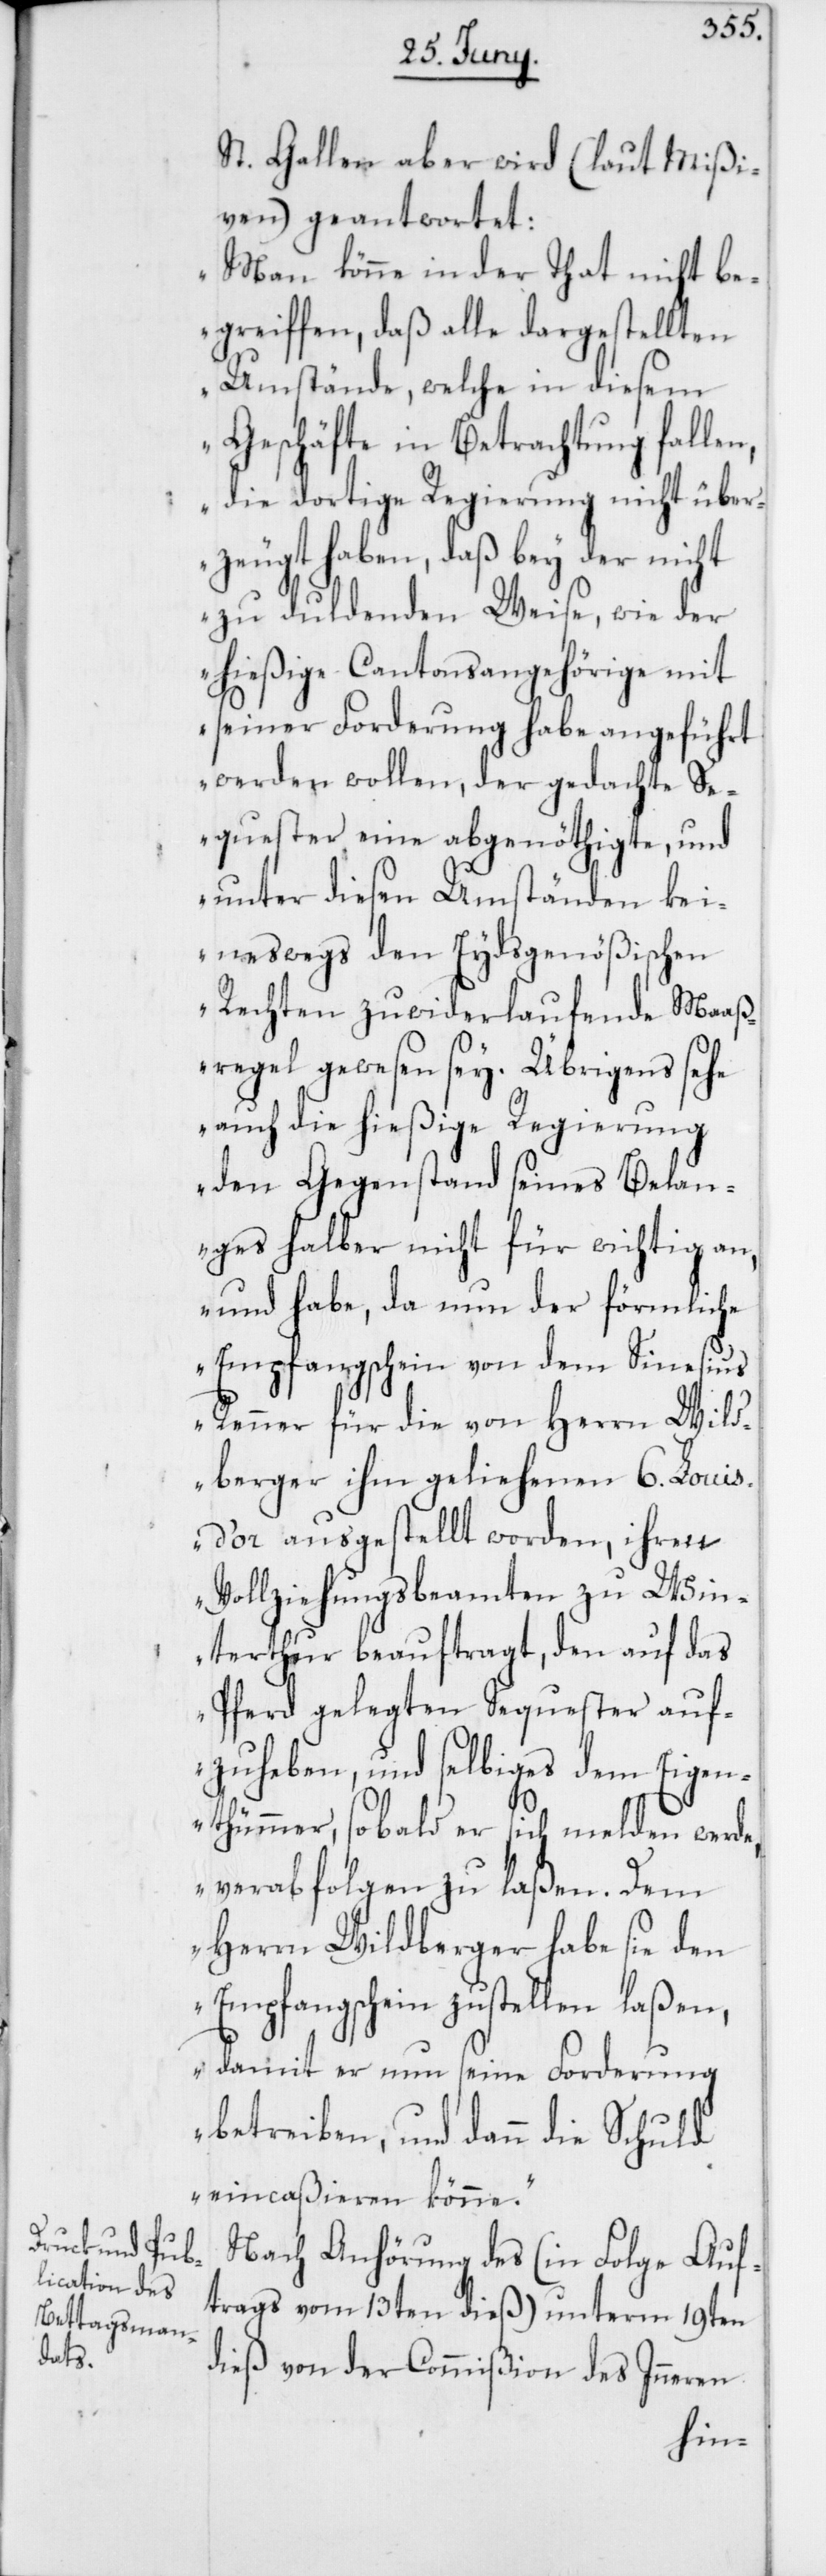
St. Gallen aber wird (laut Mißi¬
ven) geantwortet:
„Man könne in der That nicht be¬
greiffen, daß alle dargestellten
Umstände, welche in diesem
Geschäfte in Betrachtung fallen,
die dortige Regierung nicht über¬
zeugt haben, daß bey der nicht
zu duldenden Weise, wie der
hießige Cantonsangehörige mit
seiner Forderung habe angeführt
werden wollen, der gedachte Se¬
quester eine abgenöthigte und
unter diesen Umständen kei¬
neswegs den Eydsgenößischen
Rechten zuwiderlaufende Maaß¬
regel gewesen sey. Übrigens sehe
auch die hießige Regierung
den Gegenstand seines Belan¬
ges halber nicht für wichtig an,
und habe, da nun der förmliche
Empfangschein von dem Sinesius
Renner für die von Herrn Wil¬
dberger ihm geliehenden 6. Louis
d’or ausgestellt worden, ihren
Vollziehungsbeamten zu Win¬
terthur beauftragt, den auf das
Pferd gelegten Sequester auf¬
zuheben, und selbiges dem Eigen¬
thümmer, sobald er sich melden werde,
verabfolgen zu laßen. Dem
Herrn Wildberger habe sie den
Empfangschein zustellen laßen,
damit er nun seine Forderung
betreiben, und dann die Schuld
eincaßieren könne.“
Nach Anhörung des (in Folge Auf¬
trags vom 13ten dieß) unterm 19ten
dieß von der Commißion des Inneren